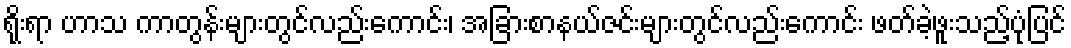
ရိုးရာ ဟာသ ကာတွန်းများတွင်လည်းကောင်း၊ အခြားစာနယ်ဇင်းများတွင်လည်းကောင်း ဖတ်ခဲ့ဖူးသည့်ပုံပြင်